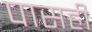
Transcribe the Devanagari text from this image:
पासही